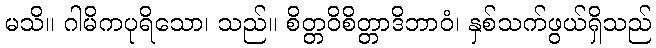
မသိ။ ဂါမိကပုရိသော၊ သည်။ စိတ္တဝိစိတ္တာဒိဘာဝံ၊ နှစ်သက်ဖွယ်ရှိသည်